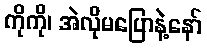
ကိုကို၊ အဲလိုမပြောနဲ့နော်